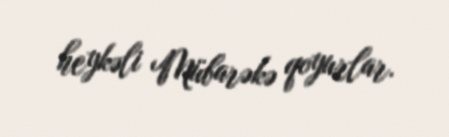
heykəli Mübarəkə qoyurlar.